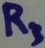
Text: R3